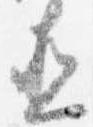
直